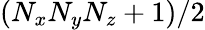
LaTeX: (N_{x}N_{y}N_{z}+1)/2